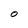
Character: O